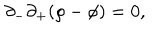
LaTeX: \partial _ { - } \partial _ { + } ( \rho - \phi ) = 0 ,